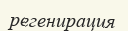
регенирация